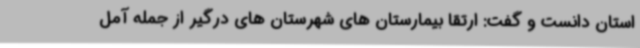
استان دانست و گفت: ارتقا بیمارستان های شهرستان های درگیر از جمله آمل